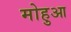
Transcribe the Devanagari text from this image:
मोहुआ